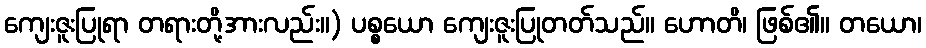
ကျေးဇူးပြုရာ တရားတို့အားလည်း။) ပစ္စယော ကျေးဇူးပြုတတ်သည်။ ဟောတိ၊ ဖြစ်၏။ တယော၊